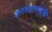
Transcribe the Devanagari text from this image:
करण्यासंबंधि